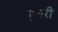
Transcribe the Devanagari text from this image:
मुगरी